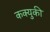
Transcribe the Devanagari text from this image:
कक्युकी